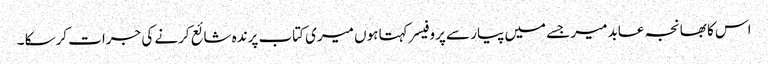
اس کا بھانجہ عابد میر جسے میں پیار سے پروفیسر کہتا ہوں میری کتاب پرندہ شائع کرنے کی جرات کرسکا ۔